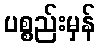
ပစ္စည်းမှန်